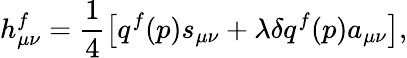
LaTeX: h_{\mu\nu}^{f}=\frac{1}{4}\left[q^{f}(p)s_{\mu\nu}+\lambda\delta q^{f}(p)a_{\mu\nu}\right],